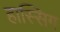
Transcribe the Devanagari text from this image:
हास्सिग